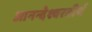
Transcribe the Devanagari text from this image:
आनन्देश्वरतीर्थ